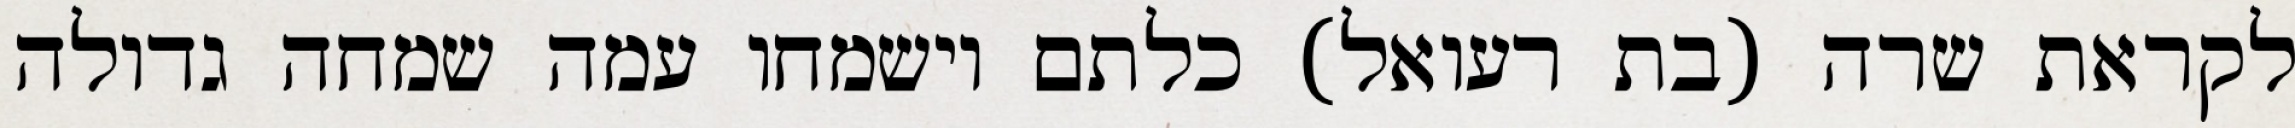
לקראת שרה (בת רעואל) כלתם וישמחו עמה שמחה גדולה